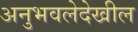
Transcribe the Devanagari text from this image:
अनुभवलेदेखील